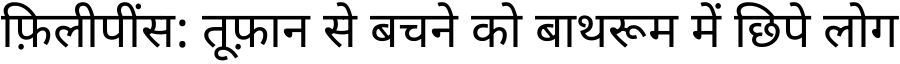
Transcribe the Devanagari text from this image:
फ़िलीपींस: तूफ़ान से बचने को बाथरूम में छिपे लोग